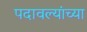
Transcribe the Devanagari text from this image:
पदावल्यांच्या